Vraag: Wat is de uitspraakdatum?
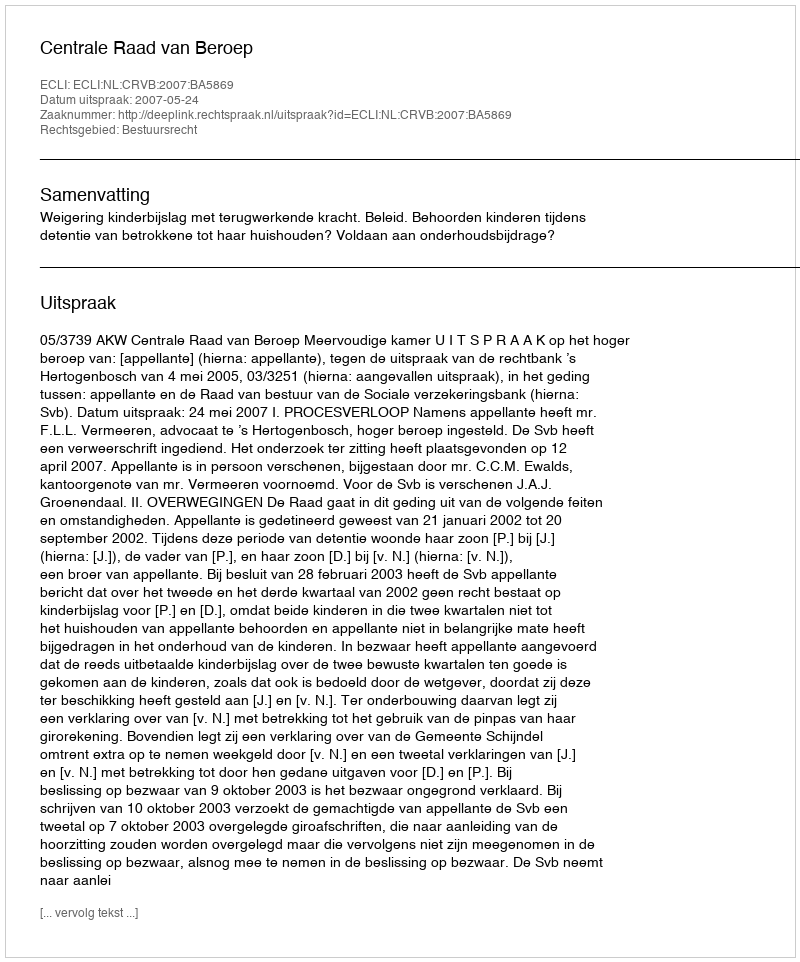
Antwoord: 2007-05-24